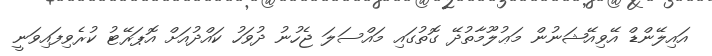
އައިލޭންޑް އޭވިއޭޝަނުން މަޢުލޫމާތުދޭ ގޮތުގައި މައްސަލަ ޖެހުނު ދުވަހު ކައްދުއަށް އޮޕަރޭޓު ކުރެވިފައިވަނީ